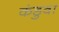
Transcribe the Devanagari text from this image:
कंडुवा